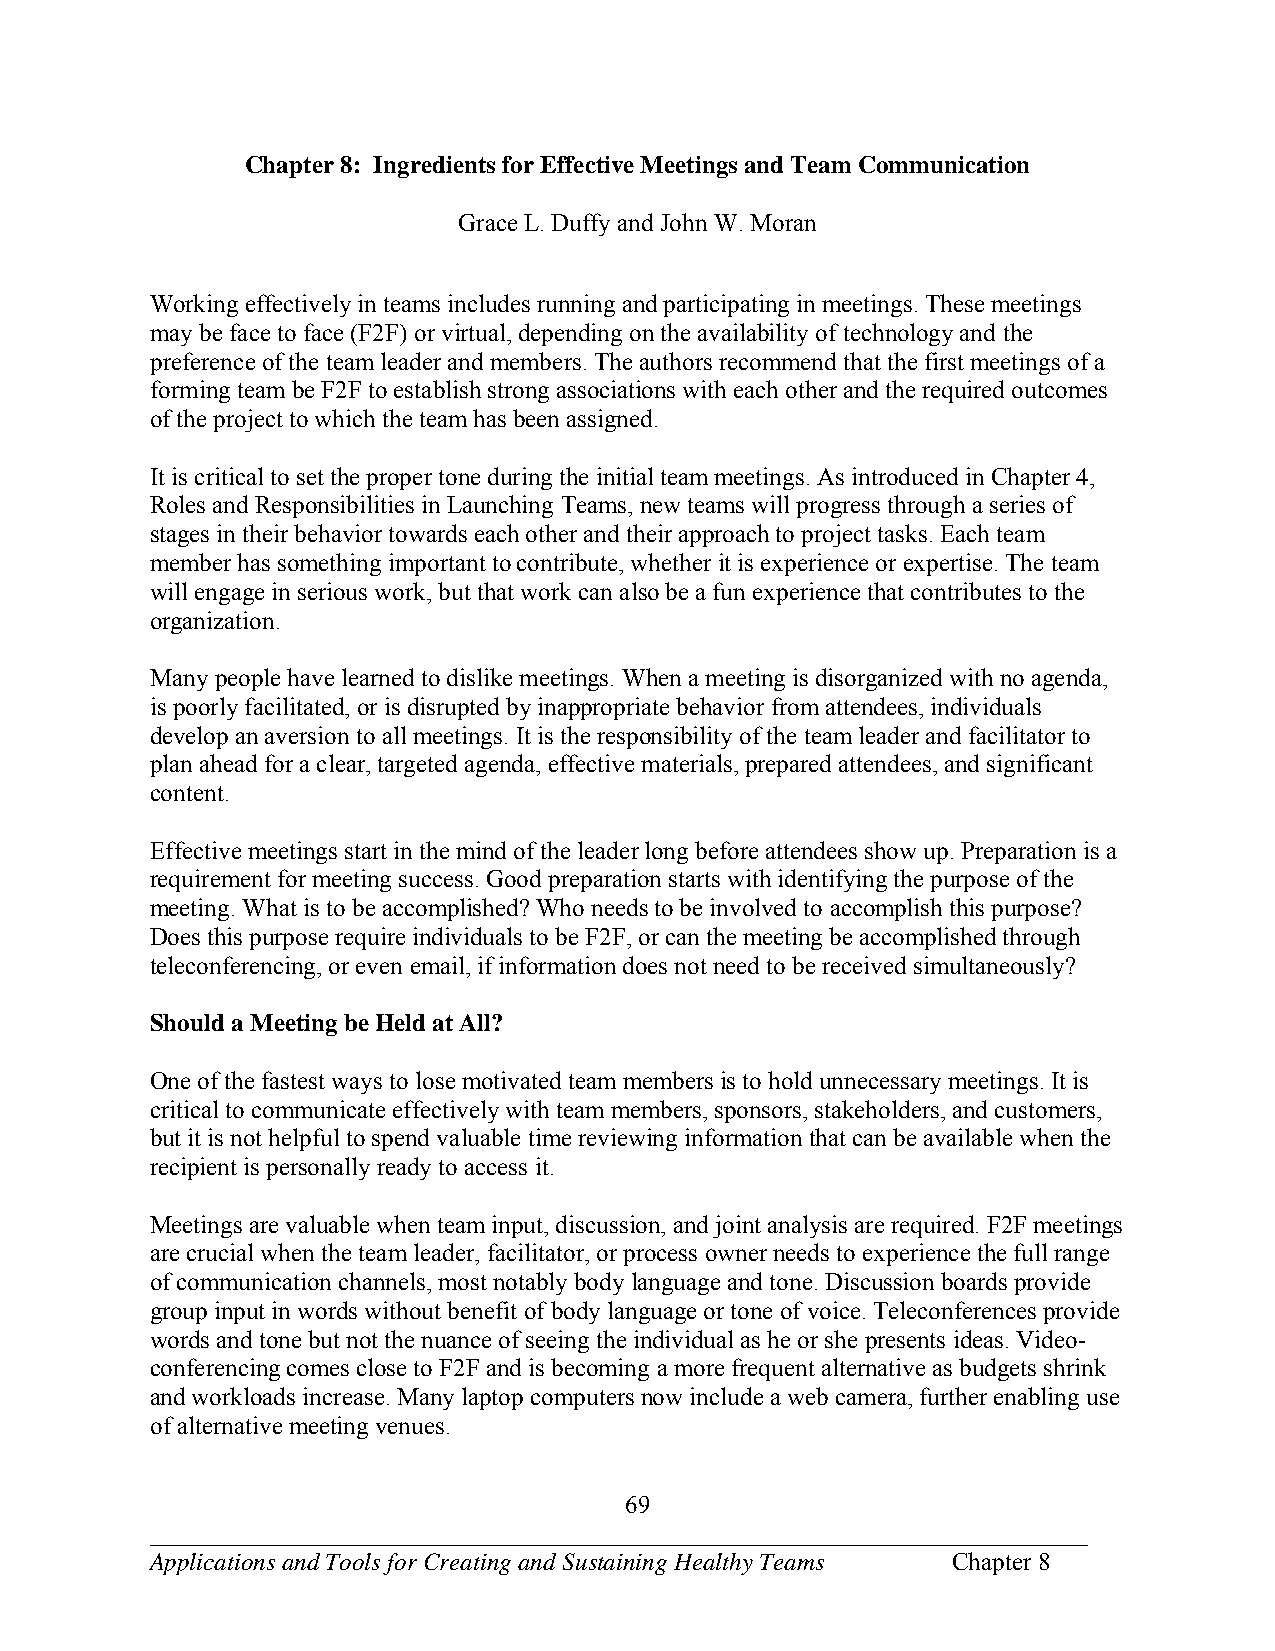
Chapter 8: Ingredients for Effective Meetings and Team Communication
 Grace L. Duffy and John W. Moran
 Working effectively in teams includes running and participating in meetings. These meetings
 may be face to face (F2F) or virtual, depending on the availability of technology and the
 preference of the team leader and members. The authors recommend that the first meetings of a
 forming team be F2F to establish strong associations with each other and the required outcomes
 of the project to which the team has been assigned.
 It is critical to set the proper tone during the initial team meetings. As introduced in Chapter 4,
 Roles and Responsibilities in Launching Teams, new teams will progress through a series of
 stages in their behavior towards each other and their approach to project tasks. Each team
 member has something important to contribute, whether it is experience or expertise. The team
 will engage in serious work, but that work can also be a fun experience that contributes to the
 organization.
 Many people have learned to dislike meetings. When a meeting is disorganized with no agenda,
 is poorly facilitated, or is disrupted by inappropriate behavior from attendees, individuals
 develop an aversion to all meetings. It is the responsibility of the team leader and facilitator to
 plan ahead for a clear, targeted agenda, effective materials, prepared attendees, and significant
 content.
 Effective meetings start in the mind of the leader long before attendees show up. Preparation is a
 requirement for meeting success. Good preparation starts with identifying the purpose of the
 meeting. What is to be accomplished? Who needs to be involved to accomplish this purpose?
 Does this purpose require individuals to be F2F, or can the meeting be accomplished through
 teleconferencing, or even email, if information does not need to be received simultaneously?
 Should a Meeting be Held at All?
 One of the fastest ways to lose motivated team members is to hold unnecessary meetings. It is
 critical to communicate effectively with team members, sponsors, stakeholders, and customers,
 but it is not helpful to spend valuable time reviewing information that can be available when the
 recipient is personally ready to access it.
 Meetings are valuable when team input, discussion, and joint analysis are required. F2F meetings
 are crucial when the team leader, facilitator, or process owner needs to experience the full range
 of communication channels, most notably body language and tone. Discussion boards provide
 group input in words without benefit of body language or tone of voice. Teleconferences provide
 words and tone but not the nuance of seeing the individual as he or she presents ideas. Video-
 conferencing comes close to F2F and is becoming a more frequent alternative as budgets shrink
 and workloads increase. Many laptop computers now include a web camera, further enabling use
 of alternative meeting venues.
 69
 ___________________________________________________________________________
 Applications and Tools for Creating and Sustaining Healthy Teams Chapter 8